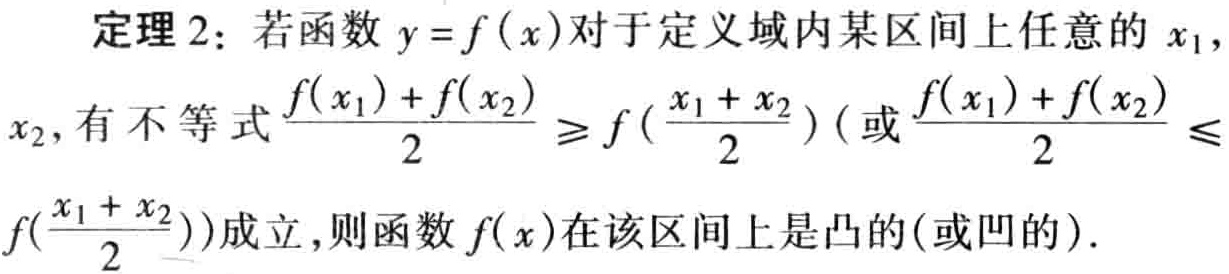
定理 2：若函数 \(y = f(x)\)对于定义域内某区间上任意的 \(x_1\)，\(x_2\)，有不等式\(\frac{f(x_1)+f(x_2)}{2}\geq f(\frac{x_1 + x_2}{2})\)(或\(\frac{f(x_1)+f(x_2)}{2}\leq f(\frac{x_1 + x_2}{2})\))成立，则函数\(f(x)\)在该区间上是凸的(或凹的)。